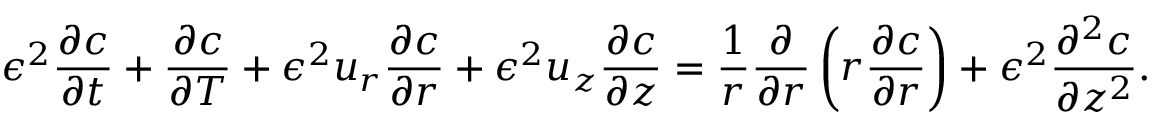
\epsilon ^ { 2 } \frac { \partial c } { \partial t } + \frac { \partial c } { \partial T } + \epsilon ^ { 2 } u _ { r } \frac { \partial c } { \partial r } + \epsilon ^ { 2 } u _ { z } \frac { \partial c } { \partial z } = \frac { 1 } { r } \frac { \partial } { \partial r } \left( r \frac { \partial c } { \partial r } \right) + \epsilon ^ { 2 } \frac { \partial ^ { 2 } c } { \partial z ^ { 2 } } .